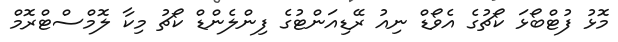
މޮޅު ފުޓްބޯޅަ ކޯޗުގެ އެވޯޑް ނިއު ރޭޑިއަންޓުގެ ފިންލެންޑް ކޯޗު މިކާ ލޮމްސްޓްރޮމް